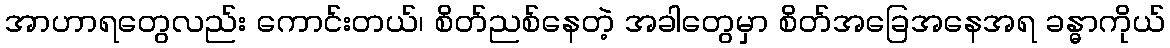
အာဟာရတွေလည်း ကောင်းတယ်၊ စိတ်ညစ်နေတဲ့ အခါတွေမှာ စိတ်အခြေအနေအရ ခန္ဓာကိုယ်